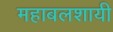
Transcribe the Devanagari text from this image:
महाबलशायी